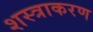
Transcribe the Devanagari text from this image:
शस्त्राकरण